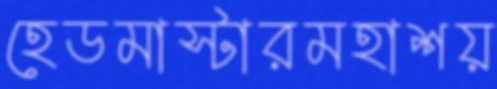
হেডমাস্টারমহাশয়